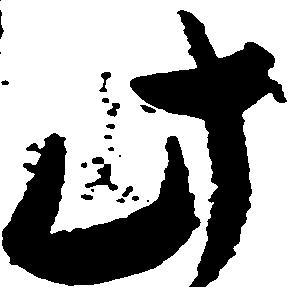
此